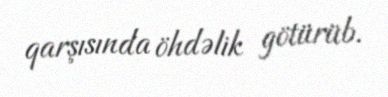
qarşısında öhdəlik götürüb.